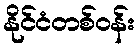
နိုင်ငံတစ်ဝန်း